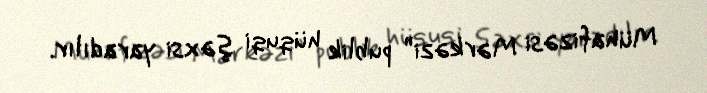
Mühafizəsi Mərkəzi” publik hüquqi şəxsi yaradılır.